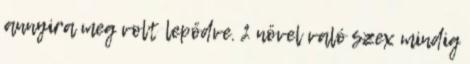
annyira meg volt lepődve. 2 növel való szex mindig